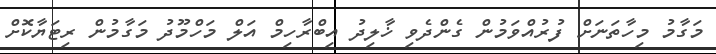
މަގާމު މިހާތަނަށް ފުރުއްވަމުން ގެންދެވި ޚާލިދު އިބްރާހިމް އަލް މަހްމޫދު މަގާމުން ރިޓަޔާކޮށް